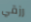
رزقي